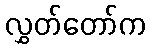
လွှတ်တော်က